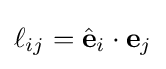
\ell _{ij}={\hat {\mathbf {e} }}_{i}\cdot {\mathbf {e} }_{j}